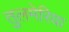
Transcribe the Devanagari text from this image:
तुलमेरिया